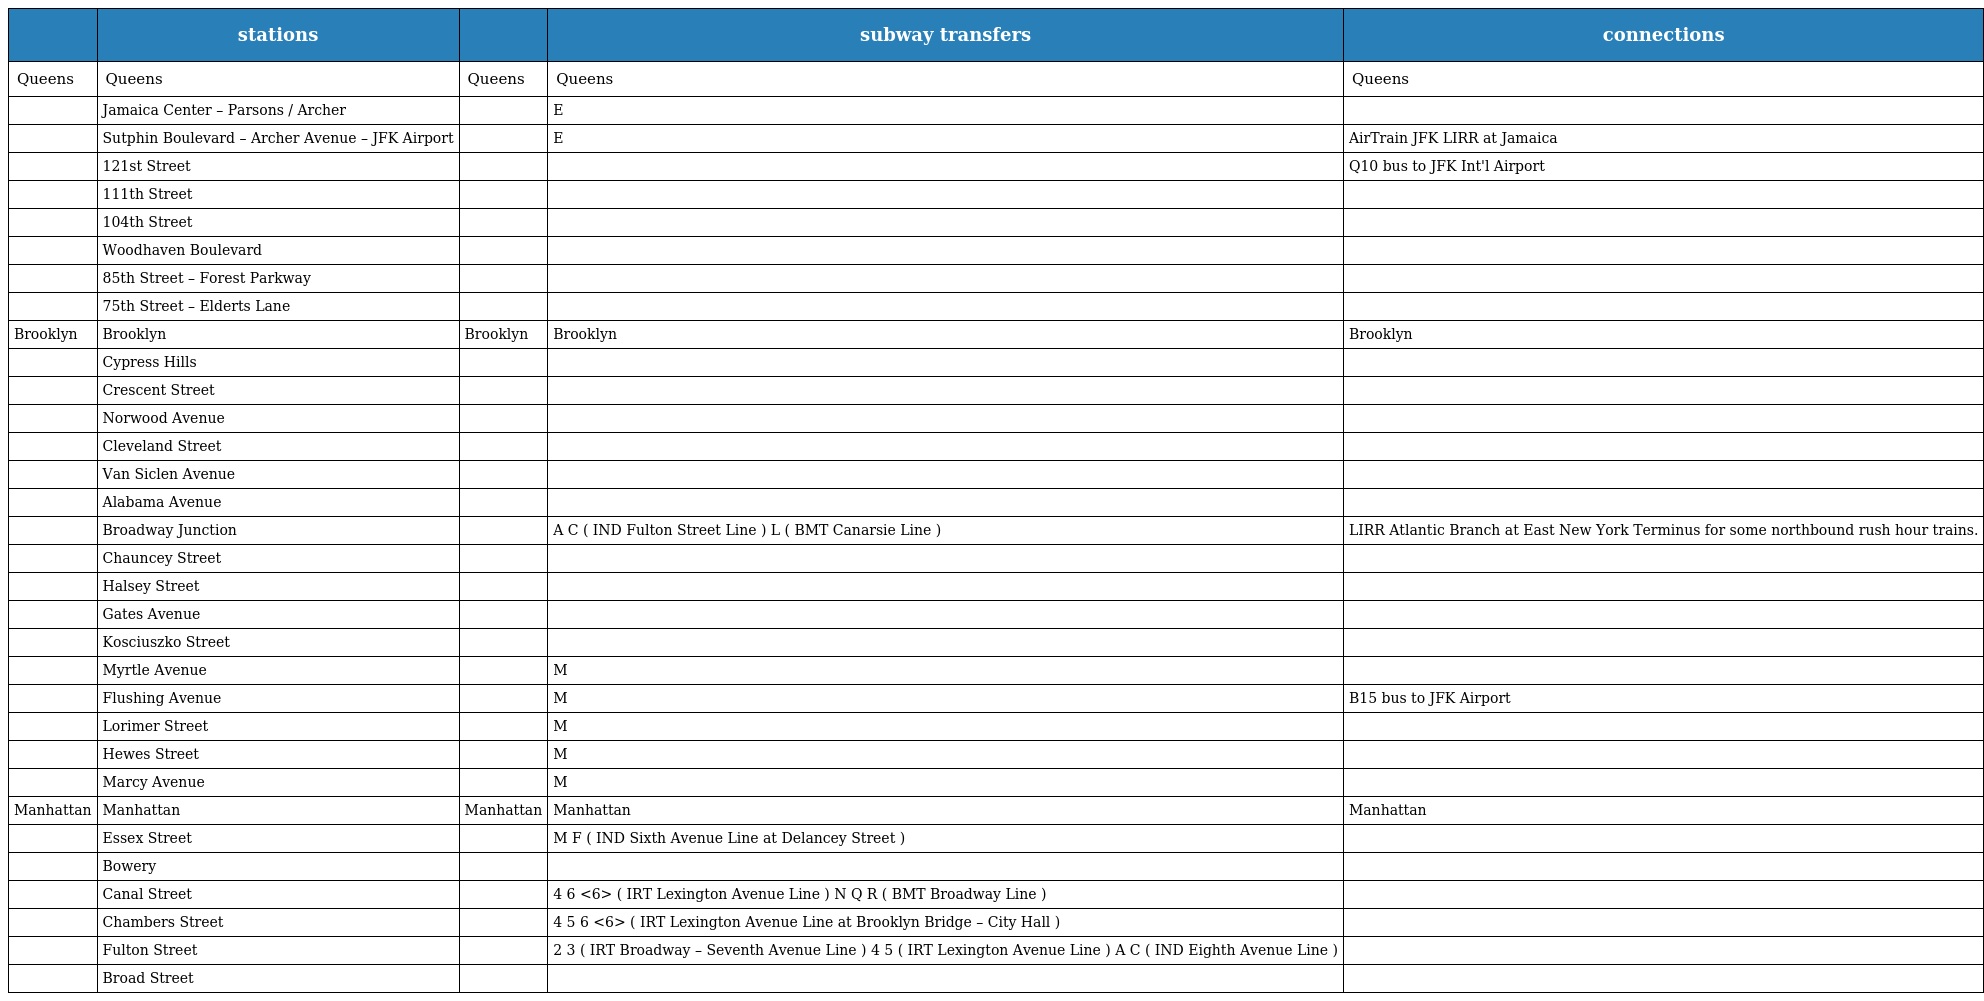
|  | stations |  | subway transfers | connections |
 | --- | --- | --- | --- | --- |
 | Queens | Queens | Queens | Queens | Queens |
 |  | Jamaica Center – Parsons / Archer |  | E |  |
 |  | Sutphin Boulevard – Archer Avenue – JFK Airport |  | E | AirTrain JFK LIRR at Jamaica |
 |  | 121st Street |  |  | Q10 bus to JFK Int'l Airport |
 |  | 111th Street |  |  |  |
 |  | 104th Street |  |  |  |
 |  | Woodhaven Boulevard |  |  |  |
 |  | 85th Street – Forest Parkway |  |  |  |
 |  | 75th Street – Elderts Lane |  |  |  |
 | Brooklyn | Brooklyn | Brooklyn | Brooklyn | Brooklyn |
 |  | Cypress Hills |  |  |  |
 |  | Crescent Street |  |  |  |
 |  | Norwood Avenue |  |  |  |
 |  | Cleveland Street |  |  |  |
 |  | Van Siclen Avenue |  |  |  |
 |  | Alabama Avenue |  |  |  |
 |  | Broadway Junction |  | A C ( IND Fulton Street Line ) L ( BMT Canarsie Line ) | LIRR Atlantic Branch at East New York Terminus for some northbound rush hour trains. |
 |  | Chauncey Street |  |  |  |
 |  | Halsey Street |  |  |  |
 |  | Gates Avenue |  |  |  |
 |  | Kosciuszko Street |  |  |  |
 |  | Myrtle Avenue |  | M |  |
 |  | Flushing Avenue |  | M | B15 bus to JFK Airport |
 |  | Lorimer Street |  | M |  |
 |  | Hewes Street |  | M |  |
 |  | Marcy Avenue |  | M |  |
 | Manhattan | Manhattan | Manhattan | Manhattan | Manhattan |
 |  | Essex Street |  | M F ( IND Sixth Avenue Line at Delancey Street ) |  |
 |  | Bowery |  |  |  |
 |  | Canal Street |  | 4 6 <6> ( IRT Lexington Avenue Line ) N Q R ( BMT Broadway Line ) |  |
 |  | Chambers Street |  | 4 5 6 <6> ( IRT Lexington Avenue Line at Brooklyn Bridge – City Hall ) |  |
 |  | Fulton Street |  | 2 3 ( IRT Broadway – Seventh Avenue Line ) 4 5 ( IRT Lexington Avenue Line ) A C ( IND Eighth Avenue Line ) |  |
 |  | Broad Street |  |  |  |